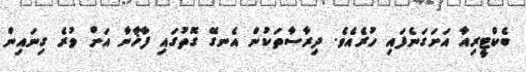
ބެކްޓީރިއާ އަށަގަނެފައި ހުރެއެވެ. ދިރާސާތަކުން އެނގޭ ގޮތުގައި ފާޚާނާ އަށް ވުރެ ގިނައިން